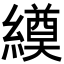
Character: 𦅆